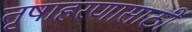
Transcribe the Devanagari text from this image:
तृषाहरणासाठीं